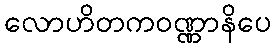
လောဟိတကဝဏ္ဏာနိပေ